Vaccination in Bombay 1874-1876 - 1874-1876
Year: 1874
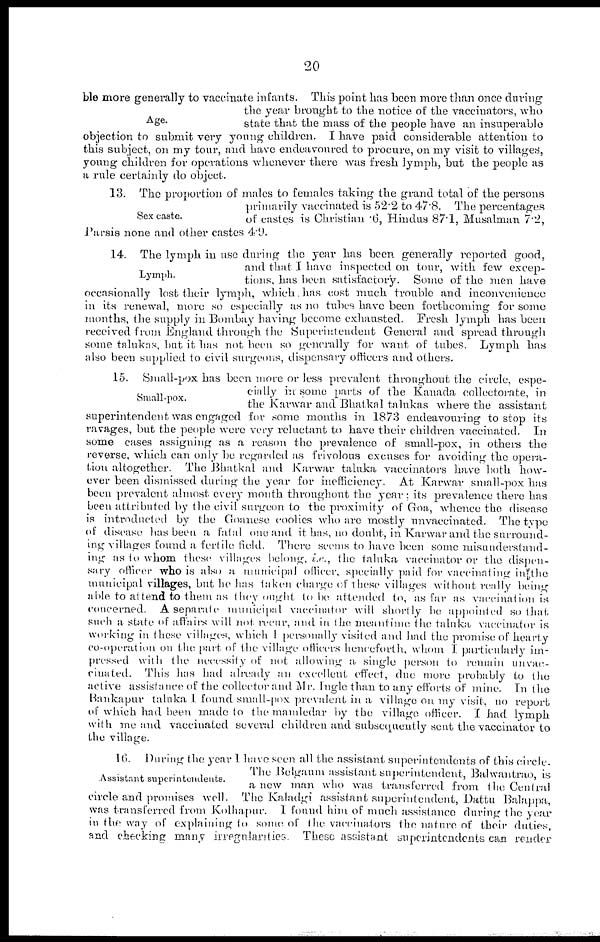
20
Age.
ble more generally to vaccinate infants. This point has been more than once during
the year brought to the notice of the vaccinators, who
state that the mass of the people have an insuperable
objection to submit very young children. I have paid considerable attention to
this subject, on my tour, and have endeavoured to procure, on my visit to villages,
young children for operations whenever there was fresh lymph, but the people as
a rule certainly do object.
Sex caste.
13. The proportion of males to females taking the grand total of the persons
primarily vaccinated is 52.2 to 47.8. The percentages
of castes is Christian .6, Hindus 87.1, Musalman 7.2,
Parsis none and other castes 4.9.
Lymph.
14. The lymph in use during the year has been generally reported good,
and that I have inspected on tour, with few excep-
tions, has been satisfactory.
Some of the men have
occasionally lost their lymph, which, has cost much trouble and inconvenience
in its renewal, more so especially as no tubes have been forthcoming for some
months, the supply in Bombay having become exhausted. Fresh lymph has been
received from England through the Superintendent General and spread through
some talukas, but it has not been so generally for want of tubes. Lymph has
also been supplied to civil surgeons, dispensary officers and others.
Small-pox.
15. Small-pox has been more or less prevalent throughout the circle, espe-
cially in some parts of the Kanada collectorate, in
the Karwar and Bhatkal talukas where the assistant
superintendent was engaged for some months in 1873 endeavouring to stop its
ravages, but the people were very reluctant to have their children vaccinated.
In
some cases assigning as a reason the prevalence of small-pox, in others the
reverse, which can only be regarded as frivolous excuses for avoiding the opera-
tion altogether. The Bhatkal and Karwar taluka vaccinators have both how-
ever been dismissed during the year for inefficiency.
At Karwar small-pox has
been prevalent almost every month throughout the year; its prevalence there has
been attributed by the civil surgeon to the proximity of Goa, whence the disease
is introducted by the Goanese coolies who are mostly unvaccinated. The type
of disease has been a fatal one and it has, no doubt, in Karwar and the surround-
ing villages found a fertile field. There seems to have been some misunderstand-
ing as to whom these villages belong, i.e., the taluka vaccinator or the dispen-
sary officer who is also a municipal officer, specially paid for vaccinating in the
municipal villages, but he has taken charge of these villages without really being
able to attend to them as they ought to be attended to, as far as vaccination is
concerned. A separate municipal vaccinator will shortly be appointed so that,
such a state of affairs will not rccur, and in the meantime the taluka vaccinator is
working in these villages, which I personally visited and had the promise of hearty
co-operation on the part of the village officers henceforth, whom I particularly im-
pressed with the nccessity of not allowing a single person to remain unvac¬
ciuated. This has had already an excellent effect, due more probably to the
active assistance of the collector and Mr. Ingle than to any efforts of mine. In the
Bankapur taluka I found small-pox prevalent in a village on my visit, no report
of which had been made to the mamledar by the village officer. I had lymph
with me and vaccinated several children and subsequently sent the vaccinator to
the village.
Assistant superintendents.
16. During the year I have seen all the assistant superintendents of this circle.
The Belgaum assistant superintendent, Balwantrao, is
a new man who was transferred from the Central
circle and promises well. The Kaladgi assistant superintendent, Dattu Balappa,
was transferred from Kolhapur. I found him of much assistance during the year
in the way of explaining to some of the vaccinators the nature of their duties,
and checking many irregularities. These assistant superintendents can render